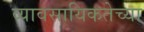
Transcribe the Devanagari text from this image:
व्यावसायिकतेच्या